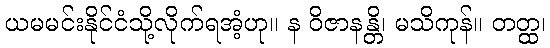
ယမမင်းနိုင်ငံသို့လိုက်ရအံ့ဟု။ န ဝိဇာနန္တိ၊ မသိကုန်။ တတ္ထ၊